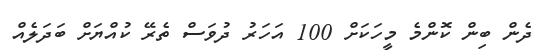
ދެން ބިން ކޮންމެ މީހަކަށް 100 އަހަރު ދުވަސް ތެރޭ ކުއްޔަށް ބަދަލެއް